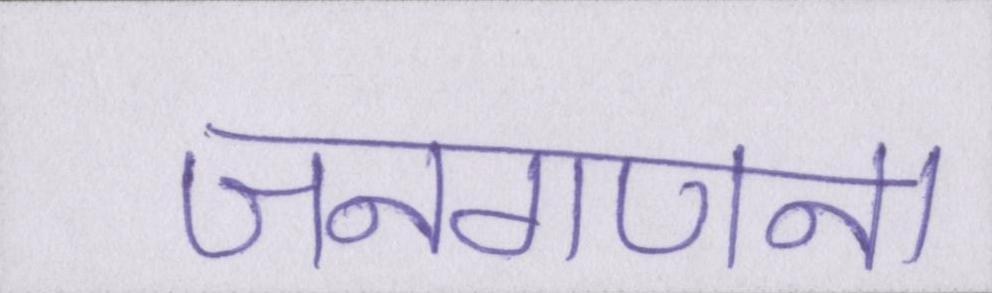
जनगणना